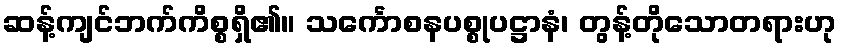
ဆန့်ကျင်ဘက်ကိစ္စရှိ၏။ သင်္ကောစနပစ္စုပဋ္ဌာနံ၊ တွန့်တိုသောတရားဟု